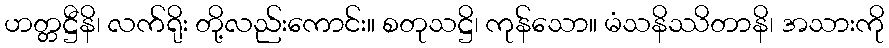
ဟတ္တဋ္ဌီနိ၊ လက်ရိုး တို့လည်းကောင်း။ စတုသဋ္ဌိ၊ ကုန်သော။ မံသနိဿိတာနိ၊ အသားကို